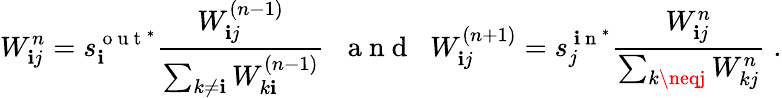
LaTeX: W_{\mathbf{i}j}^{n}=s_{\mathbf{i}}^{\mathrm{{~o~u~t~}}^{*}}\frac{{W_{\mathbf{i}j}^{(n-1)}}}{{\sum_{k\neq\mathbf{i}}W_{k\mathbf{i}}^{(n-1)}}}\; \; \mathrm{{~a~n~d~}}\; \; W_{\mathbf{i}j}^{(n+1)}=s_{j}^{\mathrm{{~\mathbf{i}~n~}}^{*}}\frac{{W_{\mathbf{i}j}^{n}}}{{\sum_{k\neqj}W_{kj}^{n}}}\; .